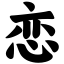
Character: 恋